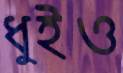
ধুইও